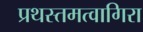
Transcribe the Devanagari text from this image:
प्रथस्तमत्वागिरा